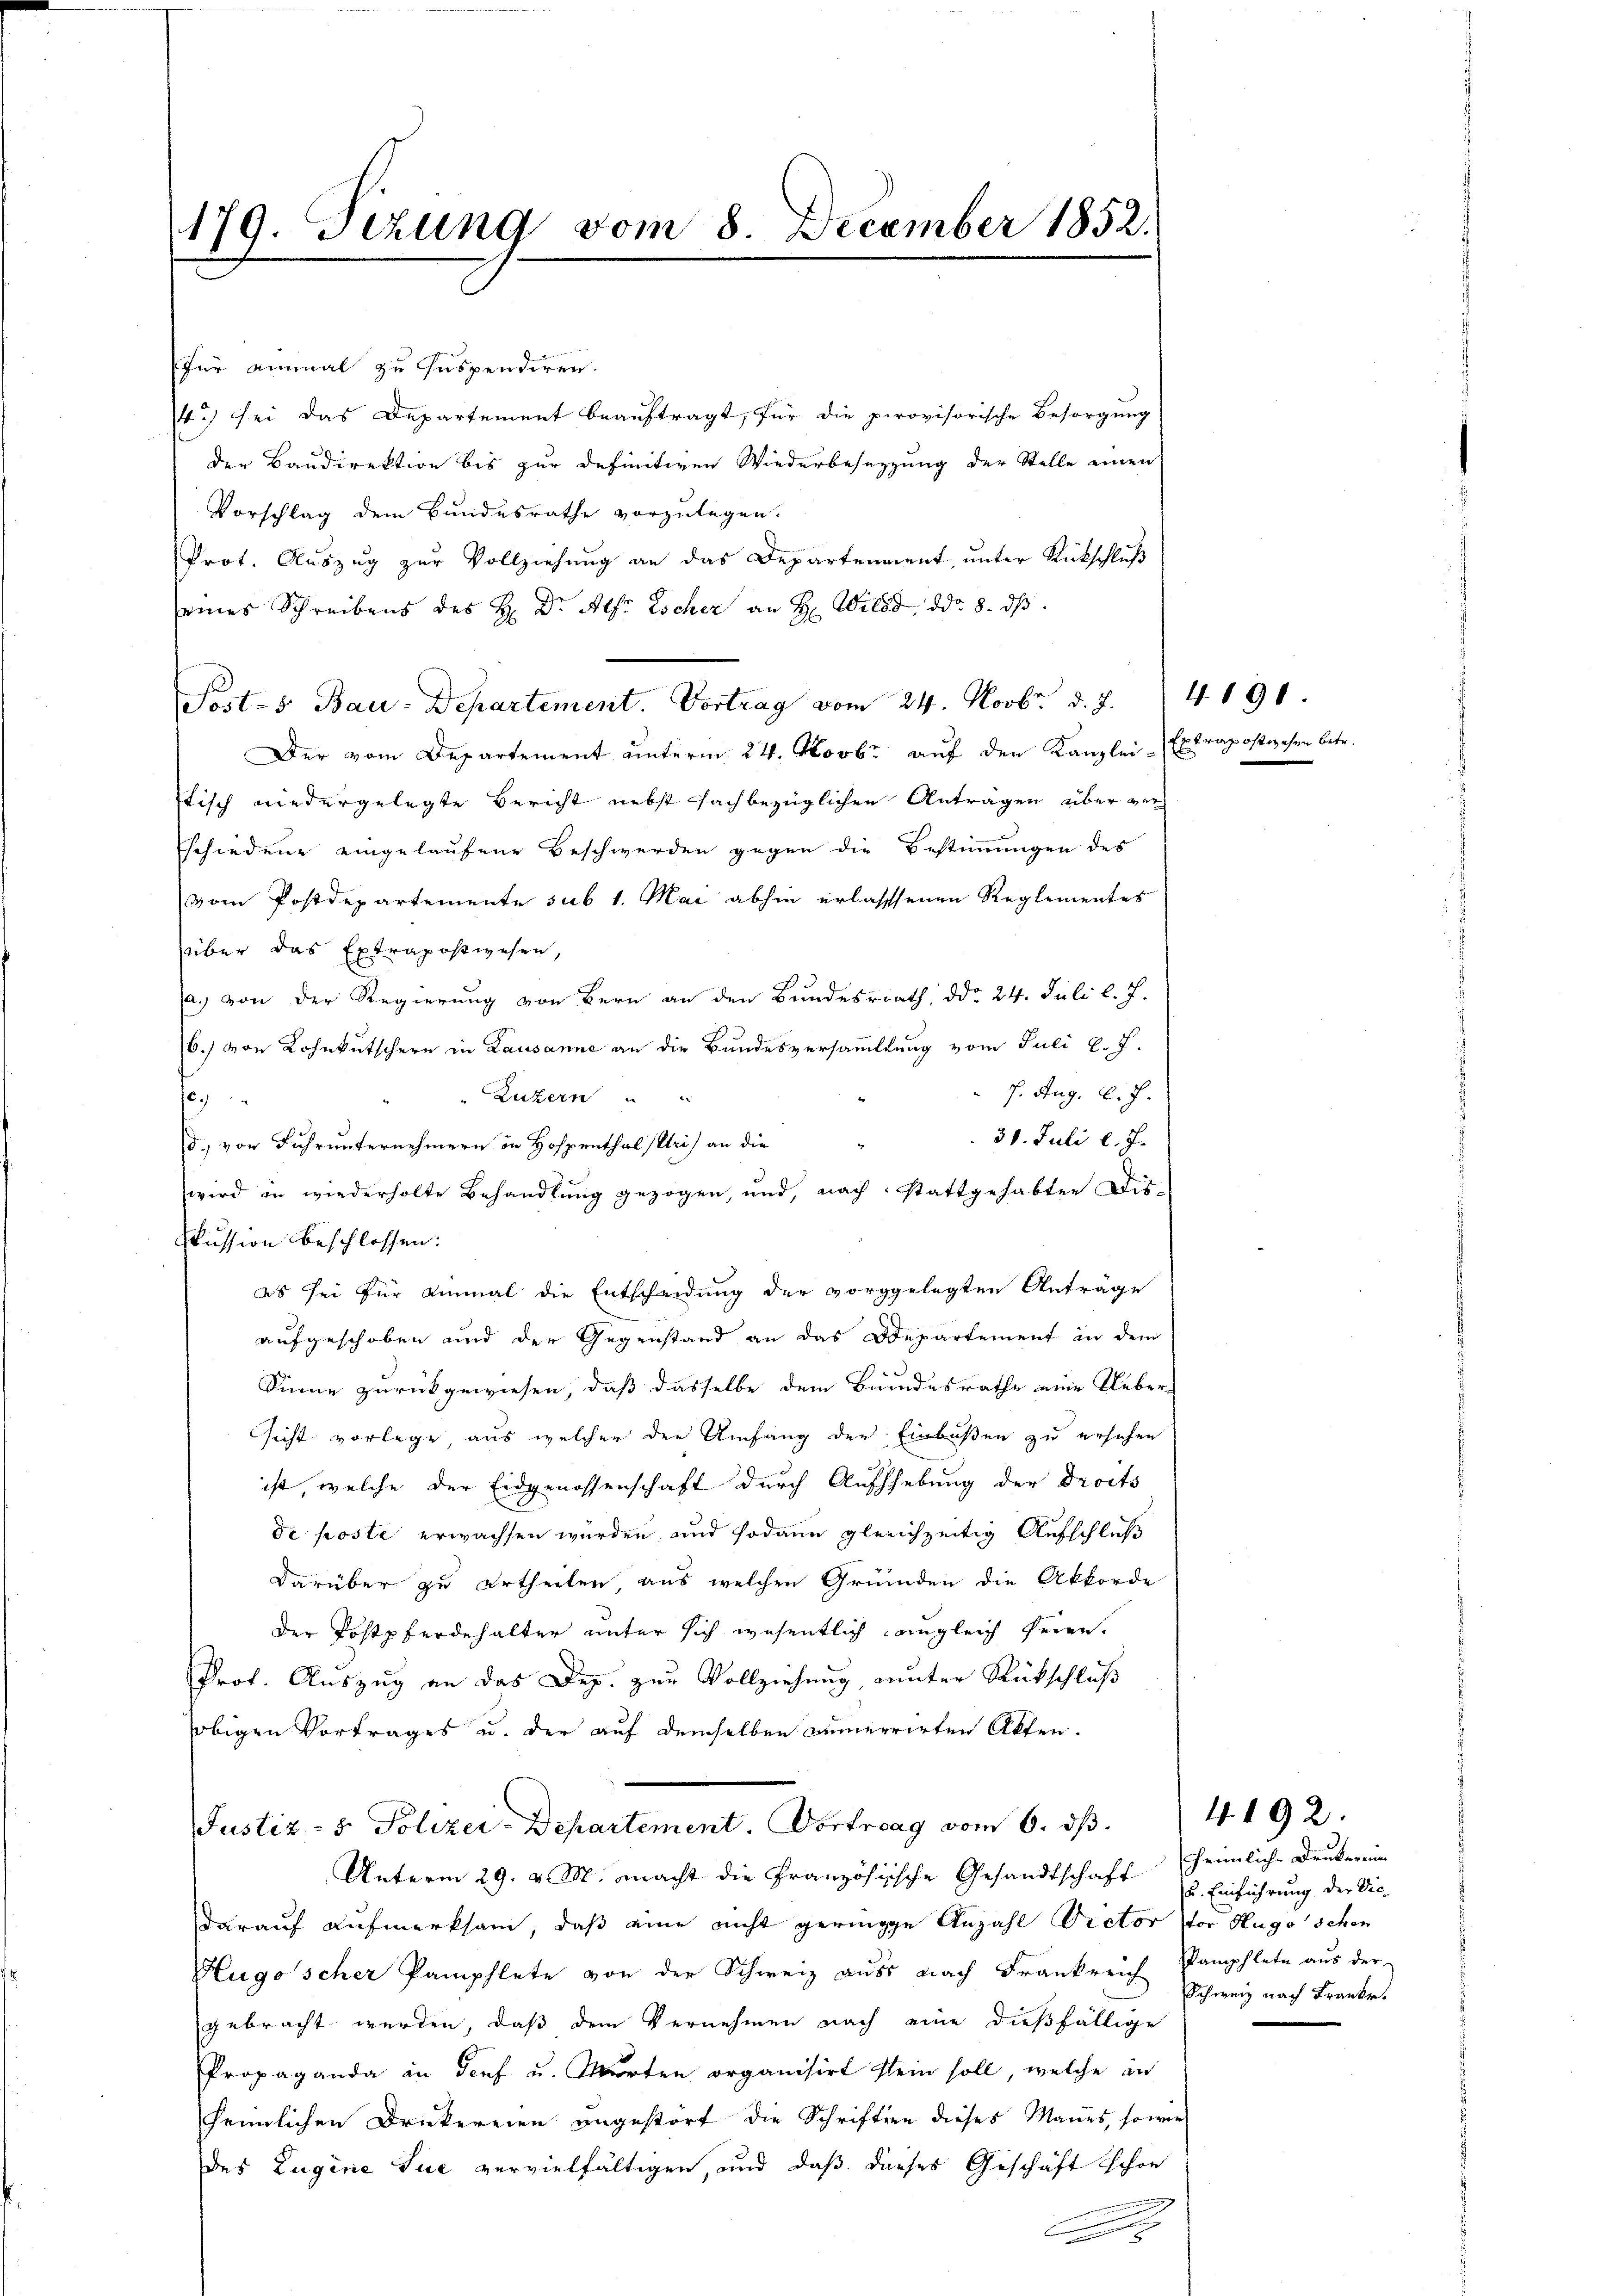
179. Sizung vom 8. December 1852.

für einmal zu suspendiren.
4.) sei das Departement beauftragt, für die provisorische Besorgung
der Baudirektion bis zur definitiven Wiederbesetzung der Stelle einen
Vorschlag dem Bundesrathe vorzulegen.
Prot. Auszug zur Vollziehung an das Departenaient, unter Rückschluß
eines Schreibens des H. Dr. Alfr Escher an H: Wild, ddo. 8. ds.
Posts Bau-Departement. Vortrag vom 24. Novbr. d. J. 4190
Der vom Departement unterm 24. Novbr auf den Kanzlei-
stisch niedergelegte Bericht nebst sachbezüglichen Anträgen über ver¬
Eschiedene eingelaufene Beschwerden gegen die Bestimmungen des
vom Postdepartemente sub 1. Mai abhin erlassenen Reglementes
über das Extrapostwesen
a.) von der Regierung von Bern an den Bundesrath, ddo 24. Juli l. J.
6.) von Lohnkutschern in Lausanne an die Bundesversammlung vom Juli l. J.
 7. Aug. l. J.
Luzern
e
30. Juli l. J.
d. von Fuhrunternehmern in Hospenthalstri an die
e
wird in wiederholte Behandlung gezogen, und, nach stattgehabten Dis-
kussion beschlossen:
es sei für einmal die Entscheidung der vorgelegten Anträge
aufgeschoben und der Gegenstand an das Departement in dem
Sinne zurückgewiesen, daß dasselbe dem Bundesrathe eine Uebersicht vorlege, aus welcher den Umfang der Einbüßen zu ersehen
ist, welche der Eidgenossenschaft durch Aufhebung der Droits
de poste erwachsen würden, und sodann gleichzeitig Aufschluß
Darüber zu ertheilen, aus welchen Gründen die Akkorde
der Postpferdehalter unter sich wesentlich angleich seien.
Prof. Auszug an das Dep. zur Vollziehung, unter Rückschluß
obigen Vortrages u. der auf demselben verrirten Akten.
Justiz- & Polizei-Departement. Vortrag vom 6. ds.
Unterm 29. v. M. macht die Französische Gesandtschaft heimliche Drukerein
darauf Aufmerksam, daß eine nicht geringe Anzahl Rector vor Hugo schon
Hugo scher Pamphlete von der Schweiz aus nach Frankreich Pamphlete aus der
gebracht werden, daß dem Vernehmen nach eine dießfällige
Propaganda in Genf u. Warten organisirt stein soll, welche in
heimlichen Druckereien angestorf die Schriften dieses Manes, sowie
des Lugine Sie vervielfältigen, und daß dieses Geschäft schon
.

Extrapostwesen betr.

4192.

u. Einführung der Dic
Schweiz nach Franke.